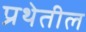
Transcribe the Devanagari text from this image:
प्रथेतील